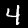
Digit: 4